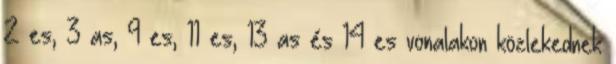
2–es, 3–as, 9–es, 11–es, 13–as és 14–es vonalakon közlekednek